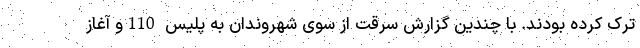
ترک کرده بودند. با چندین گزارش سرقت از سوی شهروندان به پلیس 110و آغاز